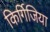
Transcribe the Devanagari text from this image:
किर्गिजिया